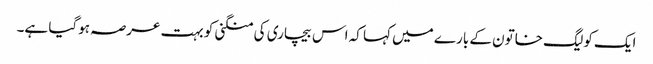
ایک کولیگ خاتون کے بارے میں کہا کہ اس بیچاری کی منگنی کو بہت عرصہ ہوگیا ہے۔